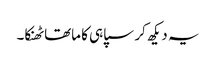
یہ دیکھ کر سپاہی کا ماتھا ٹھنکا۔